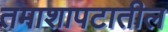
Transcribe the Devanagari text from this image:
तमाशापटातील